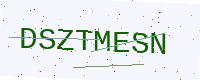
Text: DSZTMESN